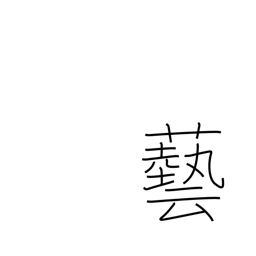
Meaning: stunt